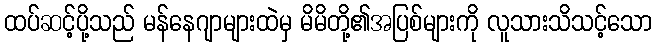
ထပ်ဆင့်ပို့သည် မန်နေဂျာများထဲမှ မိမိတို့၏အပြစ်များကို လူသားသိသင့်သော